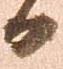
日